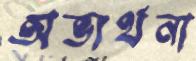
অভ্যর্থনা